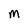
Character: m